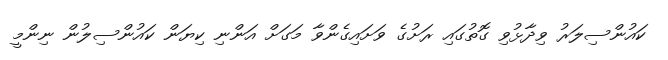
ކައުންސިލަރު ވިދާޅުވި ގޮތުގައި ރަށުގެ ވަށައިގެންވާ މަގަށް އަންނި ކިޔަން ކައުންސިލުން ނިންމީ